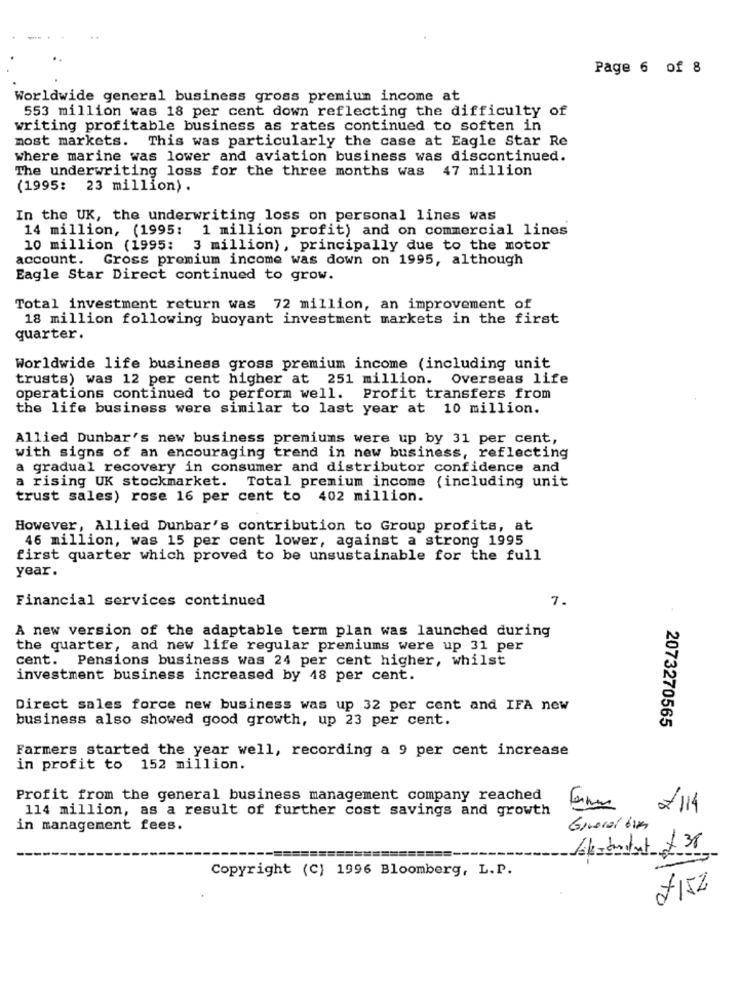
Page 6 of 8
Worldwide general business gross premium income at
553 million was 18 per cent down reflecting the difficulty of
writing profitable business as rates continued to soften in
most markets. This was particularly the case at Eagle Star Re
where marine was lower and aviation business was discontinued.
The underwriting loss for the three months was
47 million
(1995: 23 million) .
In the UK, the underwriting loss on personal lines was
14 million, (1995: 1 million profit) and on commercial lines
10 million (1995:
3 million), principally due to the motor
account.
Gross premium income was down on 1995, although
Eagle Star Direct continued to grow.
Total investment return was 72 million, an improvement of
18 million following buoyant investment markets in the first
quarter.
Worldwide life business gross premium income (including unit
trusts) was 12 per cent higher at 251 million. Overseas life
operations continued to perform well. Profit transfers from
the life business were similar to last year at 10 million.
Allied Dunbar's new business premiums were up by 31 per cent,
with signs of an encouraging trend in new business, reflecting
a gradual recovery in consumer and distributor confidence and
a rising UK stockmarket. Total premium income (including unit
trust sales) rose 16 per cent to 402 million.
However, Allied Dunbar's contribution to Group profits, at
46 million, was 15 per cent lower, against a strong 1995
first quarter which proved to be unsustainable for the full
year.
Financial services continued
7.
A new version of the adaptable term plan was launched during
the quarter, and new life regular premiums were up 31 per
cent. Pensions business was 24 per cent higher, whilst
investment business increased by 48 per cent.
Direct sales force new business was up 32 per cent and IFA new
business also showed good growth, up 23 per cent.
2073270565
Farmers started the year well, recording a 9 per cent increase
in profit to 152 million.
Profit from the general business management company reached
19
114 million, as a result of further cost savings and growth
/114
in management fees.
Giveral tim
Copyright (C) 1996 Bloomberg, L.P.
£152